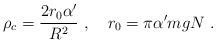
LaTeX: \begin{align*}\rho_c = {2r_0\alpha'\over R^2}\ , \quad r_0 = \pi \alpha' mgN\ .\end{align*}